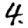
Digit: 4